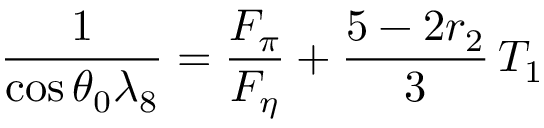
{ \frac { 1 } { \cos \theta _ { 0 } \lambda _ { 8 } } } = { \frac { F _ { \pi } } { F _ { \eta } } } + { \frac { 5 - 2 r _ { 2 } } { 3 } } \, T _ { 1 }